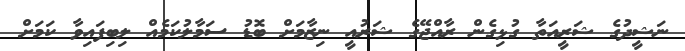
ނަޝީދުގެ ޝަރީއަތާ ގުޅިގެން ރާއްޖޭގެ ޝަރުއީ ނިޒާމަށް ބޮޑު ސަމާލުކަމެއް ލިބިފައިވާ ކަމަށް